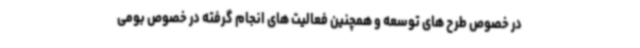
در خصوص طرح های توسعه و همچنین فعالیت های انجام گرفته در خصوص بومی